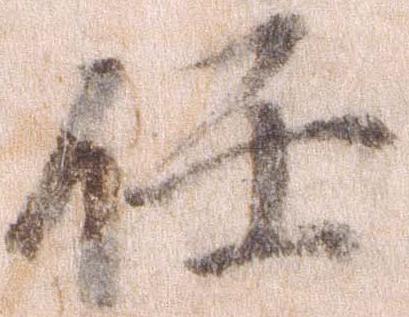
任